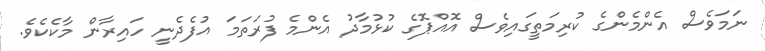
ނަމަވެސް އެންމެންގެ ކުރިމަތީގައިވެސް އޮއްޕޮގެ ކުޅުމާދު އެންމެ ފުރަތަމަ އުފެދެނީ ހައިރާން މާކެކެވެ.